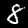
Digit: 8